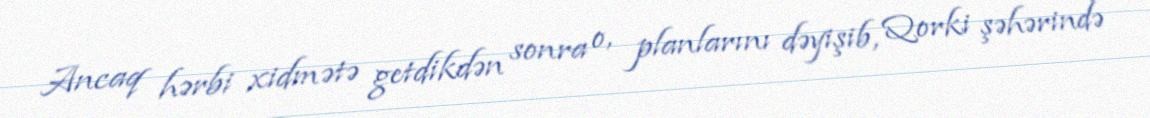
Ancaq hərbi xidmətə getdikdən sonra o, planlarını dəyişib, Qorki şəhərində